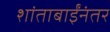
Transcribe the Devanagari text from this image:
शांताबाईंनंतर